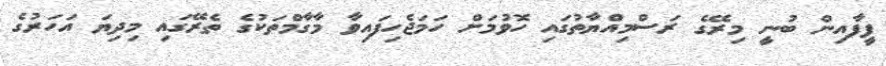
ފީފާއިން ބުނީ މިރޭގެ ރަސްމިއްޔާތުގައި ހޮވުމަށް ހަމަޖެހިފައިވާ މާގާމްތަކުގެ ތެރޭގައި މިދިޔަ އަހަރުގެ